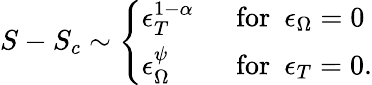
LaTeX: S-S_{c}\sim\left\{ \begin{array}{ll}{{\epsilon_{T}^{1-\alpha}}}&{{\ \ \mathrm{for}\ \ \epsilon_{\Omega}=0}}\\ {{\epsilon_{\Omega}^{\psi}}}&{{\ \ \mathrm{for}\ \ \epsilon_{T}=0.}}\end{array}\right.